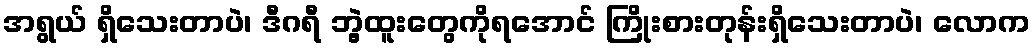
အရွယ် ရှိသေးတာပဲ၊ ဒီဂရီ ဘွဲ့ထူးတွေကိုရအောင် ကြိုးစားတုန်းရှိသေးတာပဲ၊ လောက